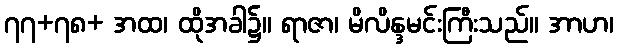
၇၇+၇၈+ အထ၊ ထိုအခါ၌။ ရာဇာ၊ မိလိန္ဒမင်းကြီးသည်။ အာဟ၊